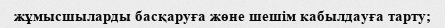
жұмысшыларды басқаруға жөне шешім кабылдауға тарту;